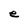
Character: e